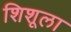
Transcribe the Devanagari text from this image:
शिशूला